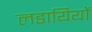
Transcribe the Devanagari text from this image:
लडायियों